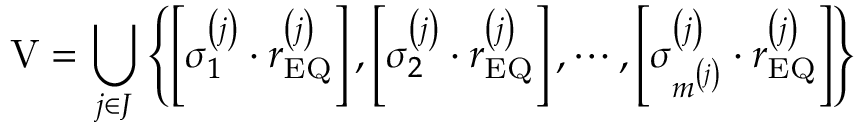
\mathrm { V } = \bigcup _ { j \in J } \left\{ \left[ \sigma _ { 1 } ^ { \left( j \right) } \cdot r _ { \mathrm { E Q } } ^ { \left( j \right) } \right] , \left[ \sigma _ { 2 } ^ { \left( j \right) } \cdot r _ { \mathrm { E Q } } ^ { \left( j \right) } \right] , \cdots , \left[ \sigma _ { m ^ { \left( j \right) } } ^ { \left( j \right) } \cdot r _ { \mathrm { E Q } } ^ { \left( j \right) } \right] \right\}